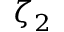
\zeta _ { 2 }